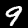
Label: 9